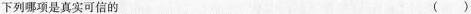
下列哪项是真实可信的 ( )